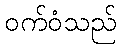
ဝက်ဝံသည်